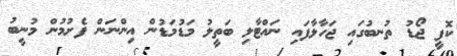
ކޮފީ ޖޯޑު ތުނބުގައި ޖަހާލާފައި ނައްޓާލި ބަތީލު މަޑުމަޑުން އިންނަން ފެށުމުން މުނީބު